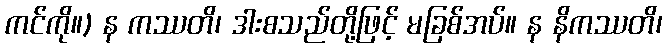
ကင်ကို။) န ကဿတိ၊ ဒါးစသည်တို့ဖြင့် မခြစ်အပ်။ န နိကဿတိ၊